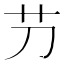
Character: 芀